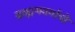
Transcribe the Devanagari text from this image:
ब्राह्मणवर्गाची